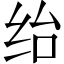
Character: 绐